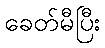
ခေတ်မီပြီး